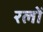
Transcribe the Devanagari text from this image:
रलों